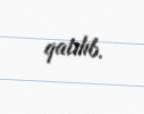
qatılıb.